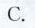
C.